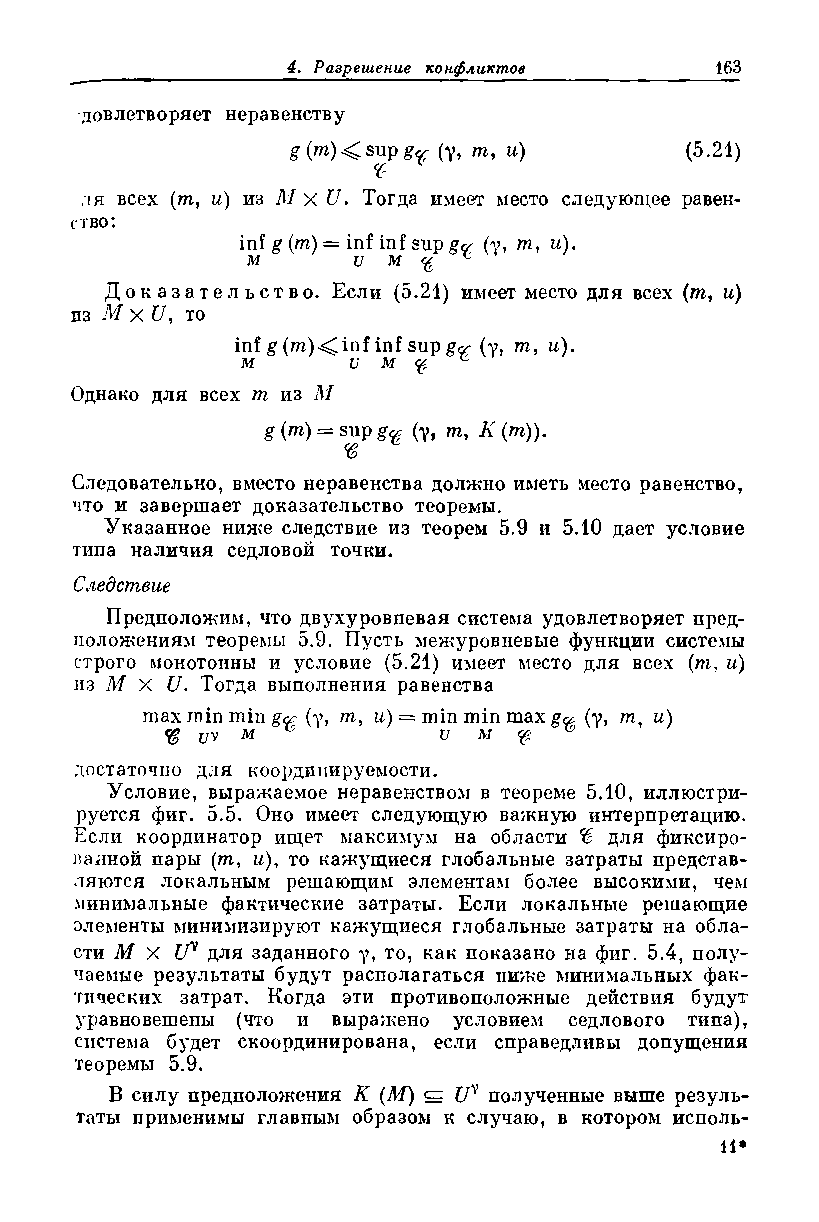
довлетворяет неравенству
 g(m)<supg^ (у, ш, и)      (5.21)
 л я всех (т, и) из М х £/. Тогда имеет место следующее равен­
 ство:
 inf g (т) = inf inf sup gy (у, m, и).
 м      и м <g ^
 Доказательство. Если (5.21) имеет место для всех (т, и)
 из -М X U, то
 inf g (тп)<^inf inf sup g^ (y, m, u).
 м      и м    B
 Однако для всех m из Л/
 g (т) = sup g<~ (у, яг, А (771)).
 Следовательно, вместо неравенства должно иметь место равенство,
 что и завершает доказательство теоремы.
 Указанное ниже следствие из теорем 5.9 и 5.10 дает условие
 типа наличия седловой точки.
 Следствие
 Предположим, что двухуровневая система удовлетворяет пред­
 положениям теоремы 5.9. Пусть межуровневые функции системы
 строго монотонны и условие (5.21) имеет место для всех (т, и)
 из М X U. Тогда выполнения равенства
 maxminming^ (у, тп, и) = min min max gcp (у, m, и)
 % uv M            U  M
 достаточно для координируемое™.
 Условие, выражаемое неравенством в теореме 5.10, иллюстри­
 руется фиг. 5.5. Оно имеет следующую важную интерпретацию.
 Если координатор ищет максимум на области Ъ для фиксиро­
 ванной пары (тп, и), то кажущиеся глобальные затраты представ­
 ляются локальным решающим элементам более высокими, чем
 минимальные фактические затраты. Если локальные решающие
 элементы минимизируют кажущиеся глобальные затраты на обла­
 сти М X Uy для заданного у, то, как показано на фиг. 5.4, полу­
 чаемые результаты будут располагаться ниже минимальных фак­
 тических затрат. Когда эти противоположные действия будут
 уравновешены (что и выражено условием седлового типа),
 система будет скоординирована, если справедливы допущения
 теоремы 5.9.
 В силу предположения К (М) ^ C7V полученные выше резуль­
 таты применимы главпым образом к случаю, в котором исполн­
 ив